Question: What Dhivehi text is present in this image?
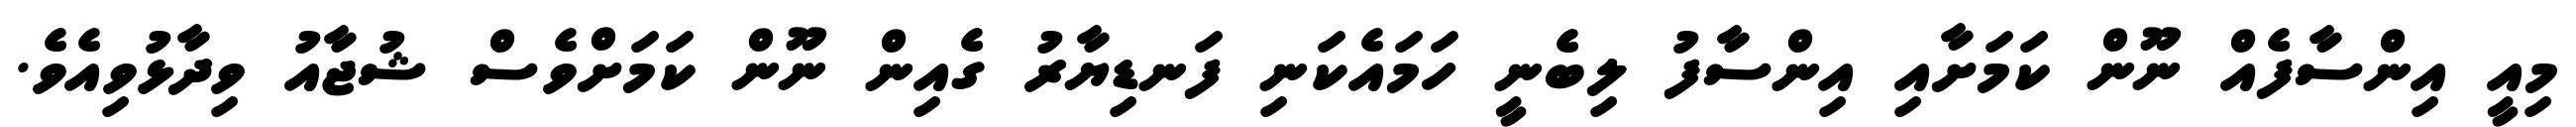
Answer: މިއީ އިންސާފެއް ނޫން ކަމަށާއި އިންސާފު ލިބެނީ ހަމައެކަނި ފަނޑިޔާރު ގެއިން ނޫން ކަމަށްވެސް ޝުޖާއު ވިދާޅުވިއެވެ.